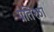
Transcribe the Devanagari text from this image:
प्रतिश्ठा